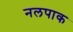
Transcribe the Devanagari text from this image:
नलपाक